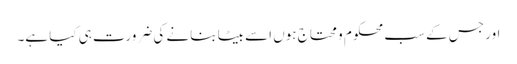
اور جس کے سب محکوم و محتاج ہوں اسے بیٹا بنانے کی ضرورت ہی کیا ہے۔